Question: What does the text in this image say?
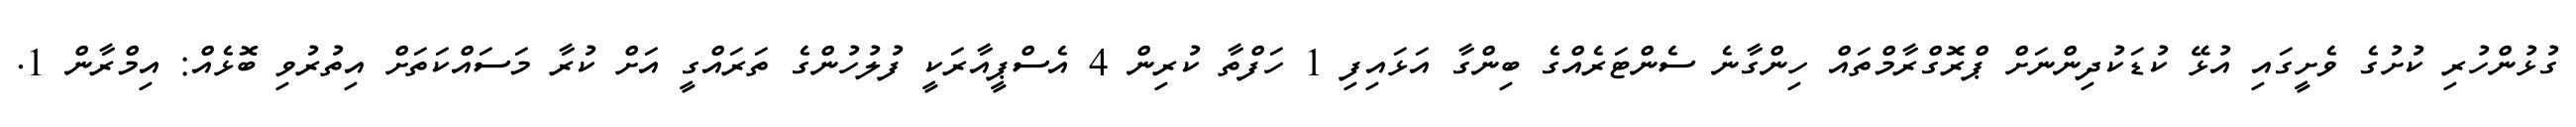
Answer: ގުޅުންހުރި ކުށުގެ ވެށީގައި އުޅޭ ކުޑަކުދިންނަށް ޕްރޮގްރާމްތައް ހިންގާނެ ސެންޓަރެއްގެ ބިންގާ އަޅައިފި 1 ހަފްތާ ކުރިން 4 އެސްޕީއާރަކީ ފުލުހުންގެ ތަރައްގީ އަށް ކުރާ މަސައްކަތަށް އިތުރުވި ބޮޅެއް: އިމްރާން 1.